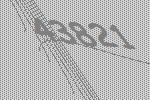
43821